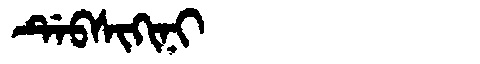
Manchu: ᡩᡝᠪᠰᡳᡴᡳᠨᡳ
Romanization: DEBSIKINI